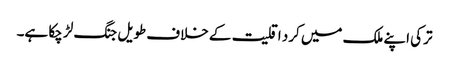
ترکی اپنے ملک میں کرد اقلیت کے خلاف طویل جنگ لڑ چکا ہے۔